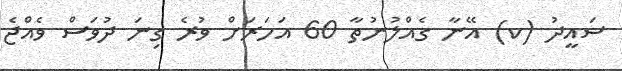
ސައީދު (ކ) އޭނާ ގެއްލުނުތާ 60 އަހަރަށް ވުރެ ގިނަ ދުވަސް ވެއްޖެ